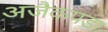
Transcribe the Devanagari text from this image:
अजैकपडा